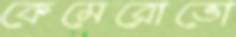
কেমেরোভো